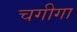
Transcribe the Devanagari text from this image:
चगीगा